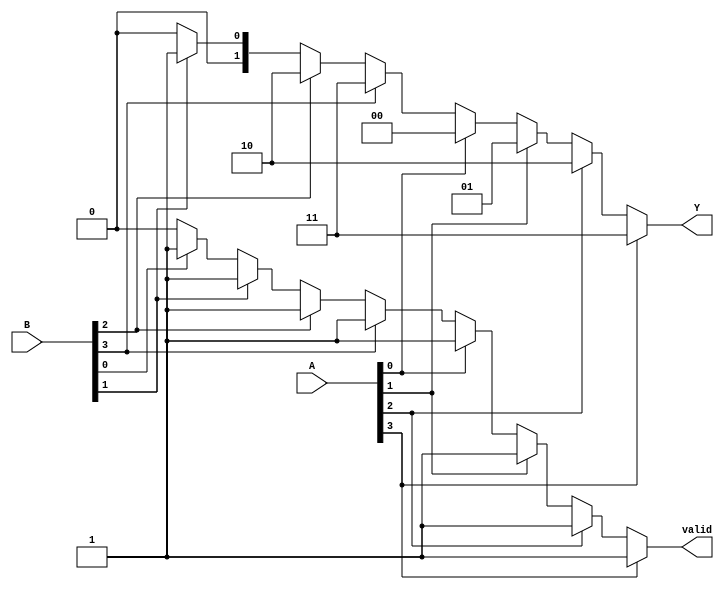
module DualPriorityEncoder (
    input wire [3:0] A,   // Set A inputs: A0, A1, A2, A3 (4 inputs)
    input wire [3:0] B,   // Set B inputs: B0, B1, B2, B3 (4 inputs)
    output reg [1:0] Y,   // 2-bit binary output
    output reg valid       // Valid output signal
);

    always @(*) begin
        // Default output
        Y = 2'b00;          // Default output to 0
        valid = 1'b0;      // Default valid to false

        // Check Set A first (Higher priority)
        if (A[3]) begin
            Y = 2'b11; // Encode A3
            valid = 1'b1;
        end else if (A[2]) begin
            Y = 2'b10; // Encode A2
            valid = 1'b1;
        end else if (A[1]) begin
            Y = 2'b01; // Encode A1
            valid = 1'b1;
        end else if (A[0]) begin
            Y = 2'b00; // Encode A0
            valid = 1'b1;
        end 
        // Check Set B only if Set A is not active
        else if (B[3]) begin
            Y = 2'b11; // Encode B3
            valid = 1'b1;
        end else if (B[2]) begin
            Y = 2'b10; // Encode B2
            valid = 1'b1;
        end else if (B[1]) begin
            Y = 2'b01; // Encode B1
            valid = 1'b1;
        end else if (B[0]) begin
            Y = 2'b00; // Encode B0
            valid = 1'b1;
        end
    end
endmodule